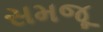
સમજૂ